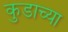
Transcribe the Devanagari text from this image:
कुडाच्या